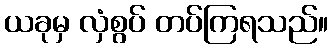
ယခုမှ လှံစွပ် တပ်ကြရသည်။